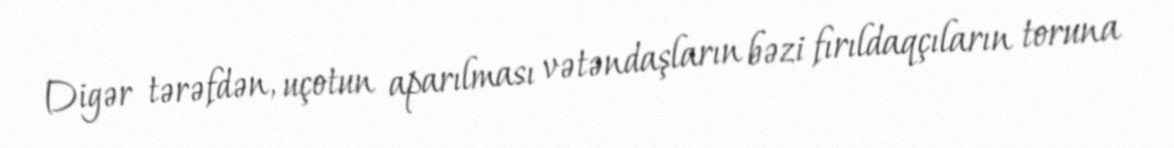
Digər tərəfdən, uçotun aparılması vətəndaşların bəzi fırıldaqçıların toruna